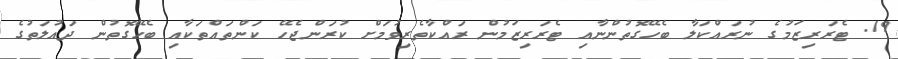
19. ޓެރަރިޒަމުގެ ނުރައްކަލާ ބެހޭގޮތުންނާއި ޓެރަރިޒަމުން ރައްކާތެރިވުމަށް ކުރަންޖެހޭ ކަންތައްތަކާއި ބެހޭގޮތުން ދައުލަތުގެ